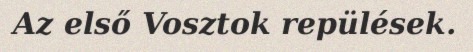
Az első Vosztok repülések.